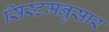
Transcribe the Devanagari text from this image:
सिस्टमनुसार